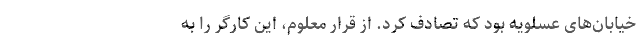
خیابان‌های عسلویه بود که تصادف کرد. از قرار معلوم، این کارگر را به